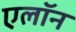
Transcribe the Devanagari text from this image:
एलॉन